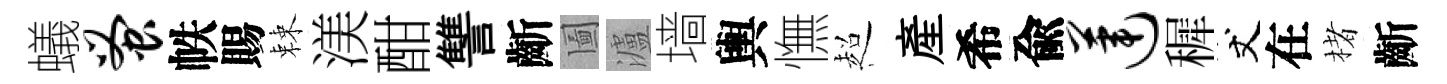
蟻蚤帙賜棘渼酣讐齗圗瀘墙輿憮超産希兪莲穉丈在楮齗